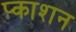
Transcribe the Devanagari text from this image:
प्काशन